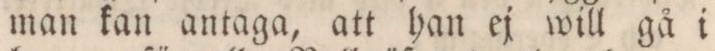
man kan antaga, att han ej will gå i